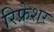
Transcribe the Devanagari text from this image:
रिफ्रेशर